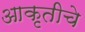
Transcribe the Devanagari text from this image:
आकृतीचे